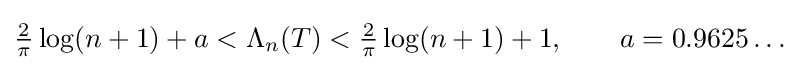
{\tfrac {2}{\pi }}\log(n+1)+a<\Lambda _{n}(T)<{\tfrac {2}{\pi }}\log(n+1)+1,\qquad a=0.9625\ldots